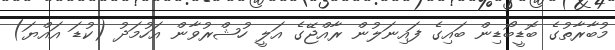
މުބާރާތުގެ ބޮޑީބޯޑިން ބައިގެ ފައިނަލުން ރާއްޖޭގެ އަލީ ހުޝްރުވާން އަހުމަދު (ކުޑަ އައްޔަ)